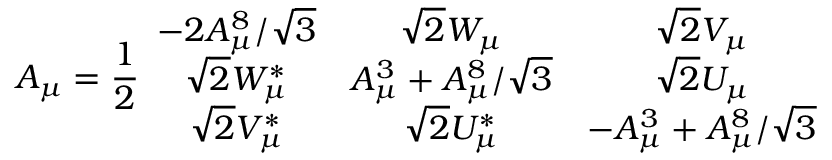
A _ { \mu } = \frac { 1 } { 2 } \begin{array} { c c c } { { - 2 A _ { \mu } ^ { 8 } / \sqrt { 3 } } } & { { \sqrt { 2 } W _ { \mu } } } & { { \sqrt { 2 } V _ { \mu } } } \\ { { \sqrt { 2 } W _ { \mu } ^ { * } } } & { { A _ { \mu } ^ { 3 } + A _ { \mu } ^ { 8 } / \sqrt { 3 } } } & { { \sqrt { 2 } U _ { \mu } } } \\ { { \sqrt { 2 } V _ { \mu } ^ { * } } } & { { \sqrt { 2 } U _ { \mu } ^ { * } } } & { { - A _ { \mu } ^ { 3 } + A _ { \mu } ^ { 8 } / \sqrt { 3 } } } \end{array}